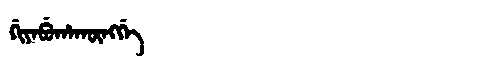
Manchu: ᡤᡳᠶᠠᠪᡠᡥᠠᡴᡡᠩᡤᡝ
Romanization: GIYABUHAKŪNGGE